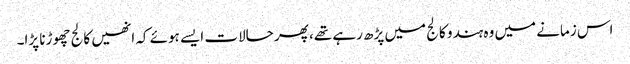
اس زمانے میں وہ ہندو کالج میں پڑھ رہے تھے، پھر حالات ایسے ہوئے کہ انھیں کالج چھوڑنا پڑا۔